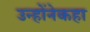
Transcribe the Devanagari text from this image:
उन्होंनेकहा